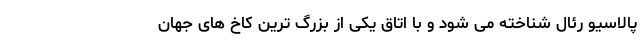
پالاسیو رئال شناخته می شود و با اتاق یکی از بزرگ ترین کاخ های جهان